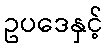
ဥပဒေနှင့်